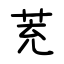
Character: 茺